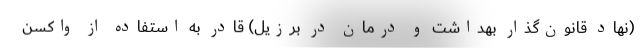
(نهاد قانون‌گذار بهداشت و درمان در برزیل) قادر به استفاده از واکسن